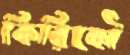
কিরিকৌ